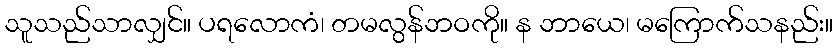
သူသည်သာလျှင်။ ပရလောကံ၊ တမလွန်ဘဝကို။ န ဘာယေ၊ မကြောက်သနည်း။